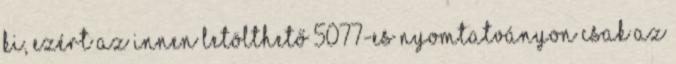
ki, ezért az innen letölthető 5077-es nyomtatványon csak az